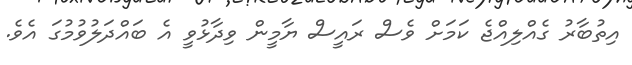
އިތުބާރު ގެއްލިއްޖެ ކަމަށް ވެސް ރައީސް ޔާމީން ވިދާޅުވީ އެ ބައްދަލުވުމުގަ އެވެ.